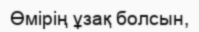
Өмірің ұзақ болсын,